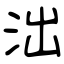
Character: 泏